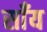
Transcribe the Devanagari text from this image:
साँय